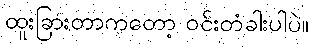
ထူးခြားတာကတော့ ဝင်းတံခါးပါပဲ။